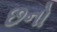
છનો